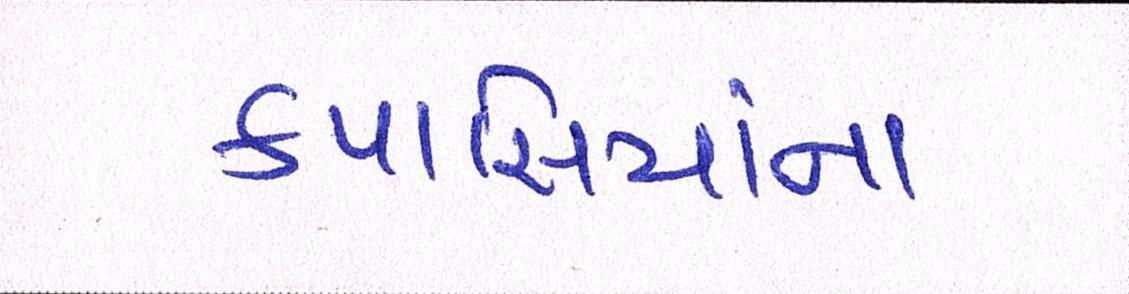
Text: કપાસિયાંના